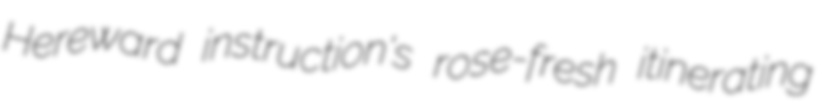
Hereward instruction's rose-fresh itinerating